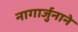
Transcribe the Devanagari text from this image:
नागार्जुनाने